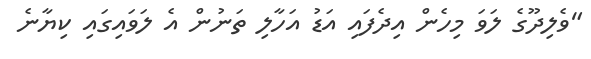
"ވެލިދޫގެ ލަވަ މިހެން އިދެފައި އަޑު އަހާލި ތަނުން އެ ލަވައިގައި ކިޔާނެ